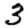
Digit: 3